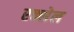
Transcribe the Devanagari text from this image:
रक्सेल